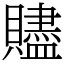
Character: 贐